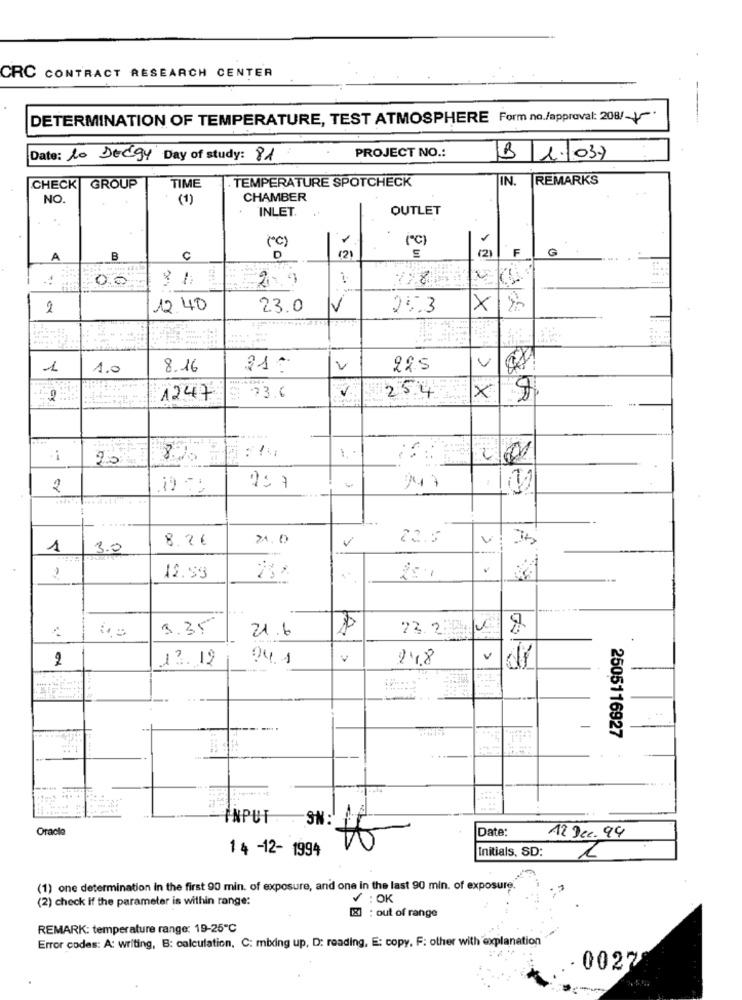
CRC CONTRACT RESEARCH CENTER
DETERMINATION OF TEMPERATURE, TEST ATMOSPHERE Form no./approval: 208/ +5
PROJECT NO .:
Date: 10 Deegy Day of study: 81
B 1. 037
IN.
REMARKS
CHECK
GROUP
TIME
TEMPERATURE SPOTCHECK
NO.
(1)
CHAMBER
INLET.
OUTLET
(c)
(C)
F
G
A
B
12)
(2)
00
2.9
2
12.40
23.0
V
25.3
×
1
1.0
8.16
21:
225
V
2
1247
53.6
254
>X
25
2
247
8.2€
21.0
22.5
1
3.0
12.59
1
3.35
21.6
22.220/0
2
13. 12
04.1
V
14.8
...
-
2505116927
Oracle
INPUT SN: 11
Date:
12 Dec. 99
14 -12- 1994
Initials, SD:
(1) one determination in the first 90 min. of exposure, and one in the last 90 min. of exposure.
(2) check if the parameter is within range:
V :OK
[8] : out of range
REMARK: temperature range: 19-25℃
tion
Error codes: A: writing, B: calculation. C: mixing up, D: reading, E: copy, F: other with explan
00272